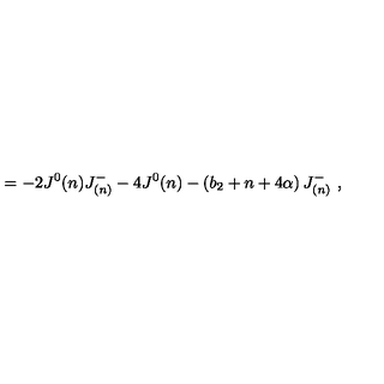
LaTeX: = - 2 J ^ { 0 } ( n ) J _ { ( n ) } ^ { - } - 4 J ^ { 0 } ( n ) - \left( b _ { 2 } + n + 4 \alpha \right) J _ { ( n ) } ^ { - } \ ,